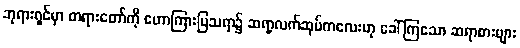
ဘုရားရှင်မှာ တရားတော်ကို ဟောကြားပြသရာ၌ ဆရာ့လက်ဆုပ်ကလေးဟု ခေါ်ကြသော ဆရာစားများ